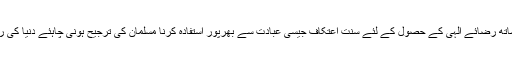
ماہ رمضان کے آخری عشرے کا اعتکاف شب قدر کے حصول کا بہترین ذریعہ ہے تقویٰ پرہیزگاری کے ساتھ رضائے الٰہی کے حصول کے لئے سنت اعتکاف جیسی عبادت سے بھرپور استفادہ کرنا مسلمان کی ترجیح ہونی چاہئے دنیا کی رنگینیاں اور خرافات سے قطع تعلق ہو کر صرف اللہ کو راضی کرنے اور فکر آخرت کا حصول ہونا چاہئے۔